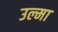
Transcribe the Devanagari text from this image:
उल्मा